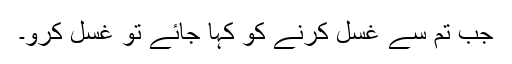
جب تم سے غسل کرنے کو کہا جائے تو غسل کرو۔